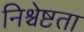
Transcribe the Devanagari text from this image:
निश्चेष्टता